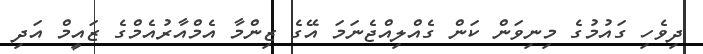
ދިވެހި ގައުމުގެ މިނިވަން ކަން ގެއްލިއްޖެނަމަ އޭގެ ޒިންމާ އެމްއާރުއެމްގެ ޒައީމް އަދި